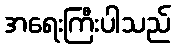
အရေးကြီးပါသည်